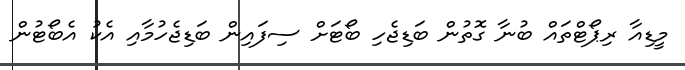
މީޑިއާ ރިޕޯޓްތައް ބުނާ ގޮތުން ބަޑިޖެހި ބޯޓަށް ސިފައިން ބަޑިޖެހުމާއި އެކު އެބޯޓުން